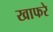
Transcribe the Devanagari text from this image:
खाफरे